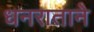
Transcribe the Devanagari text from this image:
धनराताने